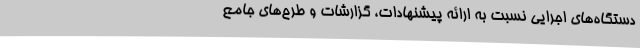
دستگاه‌های اجرایی نسبت به ارائه پیشنهادات، گزارشات و طرح‌های جامع